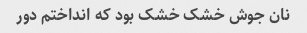
نان جوش خشک خشک بود که انداختم دور